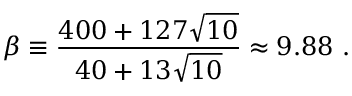
\beta \equiv { \frac { 4 0 0 + 1 2 7 \sqrt { 1 0 } } { 4 0 + 1 3 \sqrt { 1 0 } } } \approx 9 . 8 8 ~ .